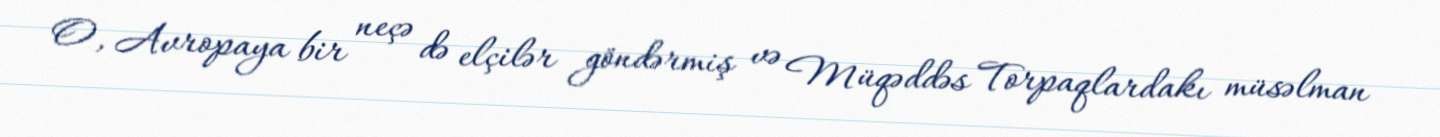
O, Avropaya bir neçə də elçilər göndərmiş və Müqəddəs Torpaqlardakı müsəlman